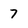
Character: 7